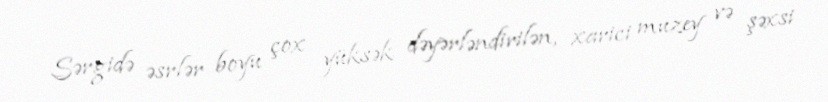
Sərgidə əsrlər boyu çox yüksək dəyərləndirilən, xarici muzey və şəxsi